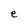
Character: e